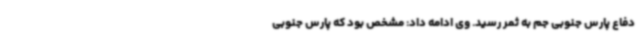
دفاع پارس جنوبی جم به ثمر رسید. وی ادامه داد: مشخص بود که پارس جنوبی